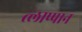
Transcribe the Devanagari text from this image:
त्लाप्पान